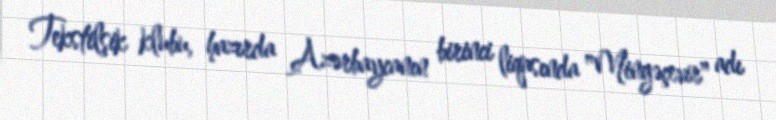
Tekstilşik klubu, hazırda Azərbaycanın birinci liqasında "Mingəçevir" adı